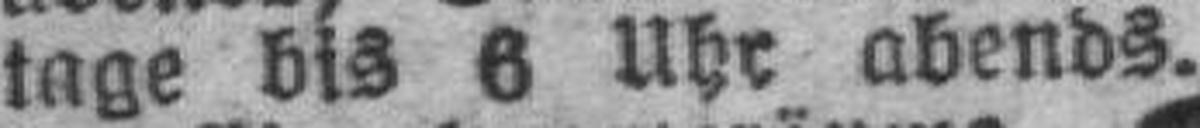
tage bis 6 Uhr abends.